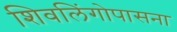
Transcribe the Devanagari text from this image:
शिवलिंगोपासना